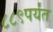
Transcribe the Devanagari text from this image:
८८९पर्यंत